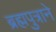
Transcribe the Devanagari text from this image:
ब्रह्मपुत्राने